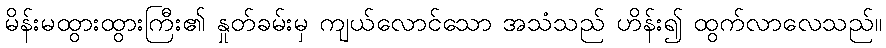
မိန်းမထွားထွားကြီး၏ နှုတ်ခမ်းမှ ကျယ်လောင်သော အသံသည် ဟိန်း၍ ထွက်လာလေသည်။